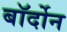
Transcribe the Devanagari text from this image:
बॉर्दोन